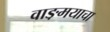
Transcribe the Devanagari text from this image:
वाङ़मयाचा